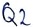
Text: Q2